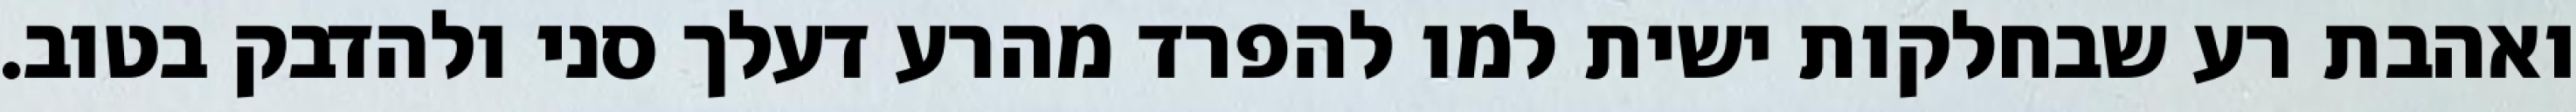
ואהבת רע שבחלקות ישית למו להפרד מהרע דעלך סני ולהדבק בטוב.